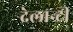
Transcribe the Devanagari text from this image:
देलान्टी